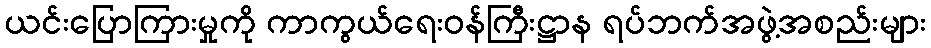
ယင်းပြောကြားမှုကို ကာကွယ်ရေးဝန်ကြီးဋ္ဌာန ရပ်ဘက်အဖွဲ့အစည်းများ